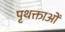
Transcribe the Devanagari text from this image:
पृथक्ताओं